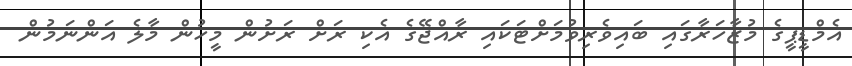
އެމްޑީޕީގެ މުޒާހަރާގައި ބައިވެރިވުމަށްޓަކައި ރާއްޖޭގެ އެކި ރަށް ރަށުން މީހުން މާލެ އަންނަމުން